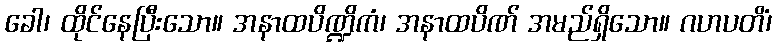
ခေါ၊ ထိုင်နေပြီးသော။ အနာထပိဏ္ဍိကံ၊ အနာထပိဏ် အမည်ရှိသော။ ဂဟပတိံ၊